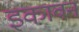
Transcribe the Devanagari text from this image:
इकावन